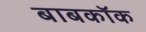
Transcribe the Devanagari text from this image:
बाबकॉक